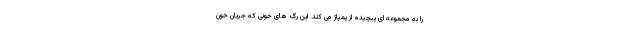
را به مجموعه ای پیچیده از پمپاژ می کند. این رگ های خونی که جریان خون